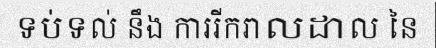
ទប់ទល់ នឹង ការរីករាលដាល នៃ